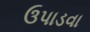
ઉપાડવા